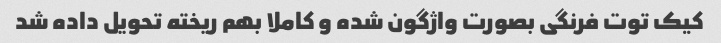
کیک توت فرنگی بصورت واژگون شده و کاملا بهم ریخته تحویل داده شد